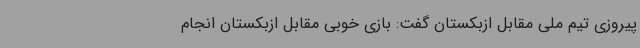
پیروزی تیم ملی مقابل ازبکستان گفت: بازی خوبی مقابل ازبکستان انجام